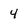
Character: 4